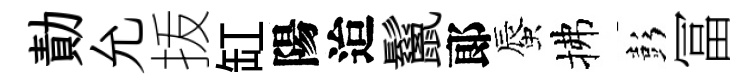
勣允㧞缸陽迨鬣郞蜃拂彭冨